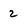
Character: 2